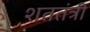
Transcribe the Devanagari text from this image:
शततंत्री